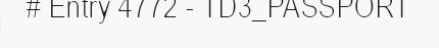
# Entry 4772 - TD3_PASSPORT